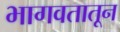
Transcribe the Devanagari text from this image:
भागवतातून